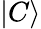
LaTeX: |C\rangle